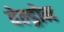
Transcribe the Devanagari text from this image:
वेल्ड्रोम